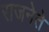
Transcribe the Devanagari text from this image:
राजनेते